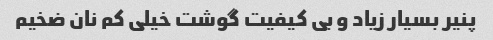
پنیر بسیار زیاد و بی کیفیت گوشت خیلی کم نان ضخیم